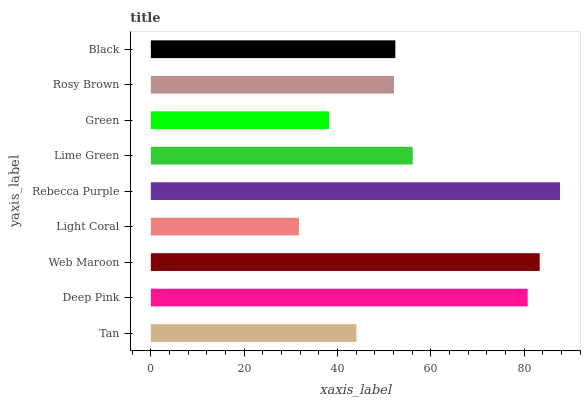
| yaxis_label | bars |
 | --- | --- |
 | Tan | 44.1 |
 | Deep Pink | 80.8 |
 | Web Maroon | 83.4 |
 | Light Coral | 31.7 |
 | Rebecca Purple | 87.7 |
 | Lime Green | 56.1 |
 | Green | 38.2 |
 | Rosy Brown | 52.1 |
 | Black | 52.4 |